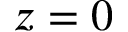
z = 0